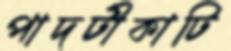
পাদটীকাটি